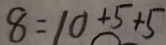
8 = 1 0 + 5 + 5